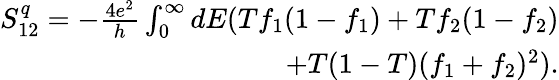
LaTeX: \begin{array}{r}{{S_{12}^{q}=-\frac{4e^{2}}{h}\int_{0}^{\infty}dE(Tf_{1}(1-f_{1})+Tf_{2}(1-f_{2})}}\\ {{+T(1-T)(f_{1}+f_{2})^{2})}.}\end{array}